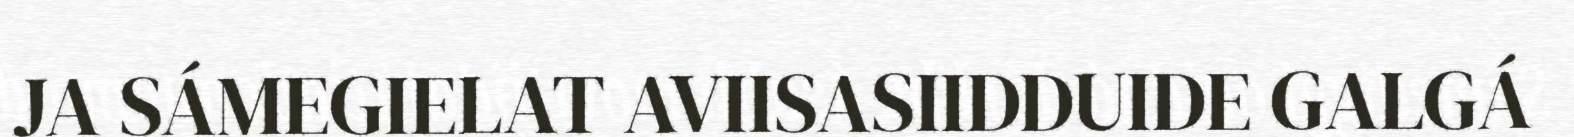
JA SÁMEGIELAT AVIISASIIDDUIDE GALGÁ